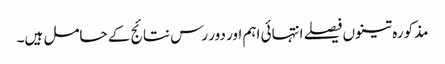
مذکورہ تینوں فیصلے انتہائی اہم اور دور رس نتائج کے حامل ہیں۔